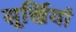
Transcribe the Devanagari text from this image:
सूर्खियां